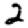
Digit: 2